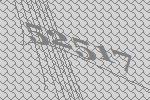
52517